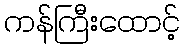
ကန်ကြီးထောင့်